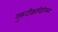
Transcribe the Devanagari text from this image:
गुरुदीक्षाविहीनस्य